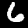
Digit: 6